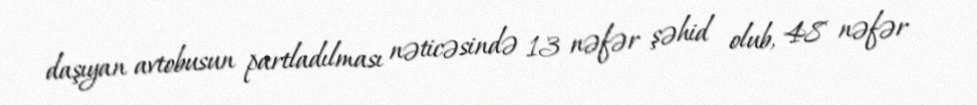
daşıyan avtobusun partladılması nəticəsində 13 nəfər şəhid olub, 48 nəfər